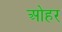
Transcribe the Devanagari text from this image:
ओहर